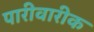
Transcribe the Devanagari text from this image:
पारीवारीक